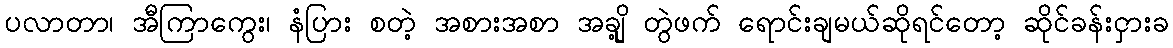
ပလာတာ၊ အီကြာကွေး၊ နံပြား စတဲ့ အစားအစာ အချို့ တွဲဖက် ရောင်းချမယ်ဆိုရင်တော့ ဆိုင်ခန်းငှားခ